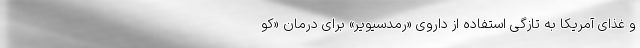
و غذای آمریکا به تازگی استفاده از داروی «رمدسیویر» برای درمان «کو